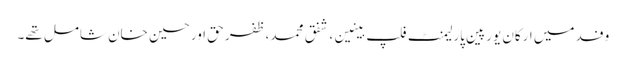
وفد میں ارکان یورپین پارلیمنٹ فلپ بینین، شفق محمد، ظفر حق اور حسین خان شامل تھے۔